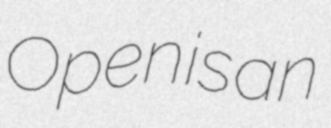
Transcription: Open is an